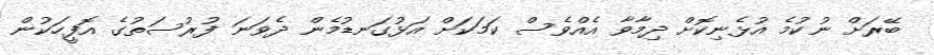
ބޭރަށް ނުކުމެ އުޅެނިކޮށް ދިމާވާ އެއްވެސް ކަމަކަށް އަޅުގަނޑުމެން ދެވަނަ ފުރުސަތުގެ އޮފީހަކުން